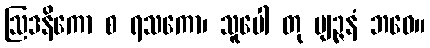
ဩဒနိကော စ ရသကော၊ သူပေါ တု ဗျဉ္ဇနံ ဘဝေ။